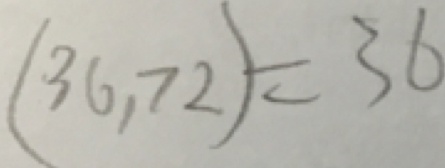
( 3 6 , 7 2 ) = 3 6